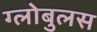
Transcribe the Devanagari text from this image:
ग्लोबुलस